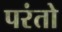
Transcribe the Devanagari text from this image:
परंतो